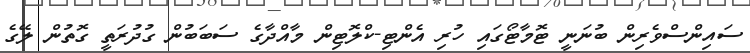
ސައިންސްވެރިން ބުނަނީ ޓޮމާޓޯގައި ހުރި އެންޓި-ކްލޮޓިން މާއްދާގެ ސަބަބުން ގުދުރަތީ ގޮތުން ލޭގެ